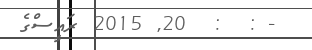
- :  :  20